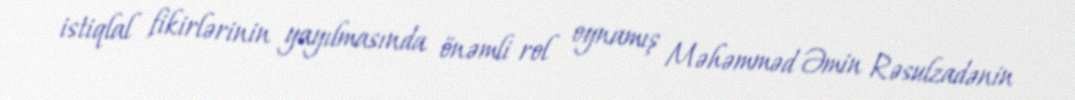
istiqlal fikirlərinin yayılmasında önəmli rol oynamış Məhəmməd Əmin Rəsulzadənin